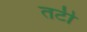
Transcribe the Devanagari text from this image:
तटी